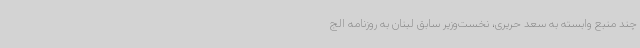
چند منبع وابسته به سعد حریری، نخست‌وزیر سابق لبنان به روزنامه الج